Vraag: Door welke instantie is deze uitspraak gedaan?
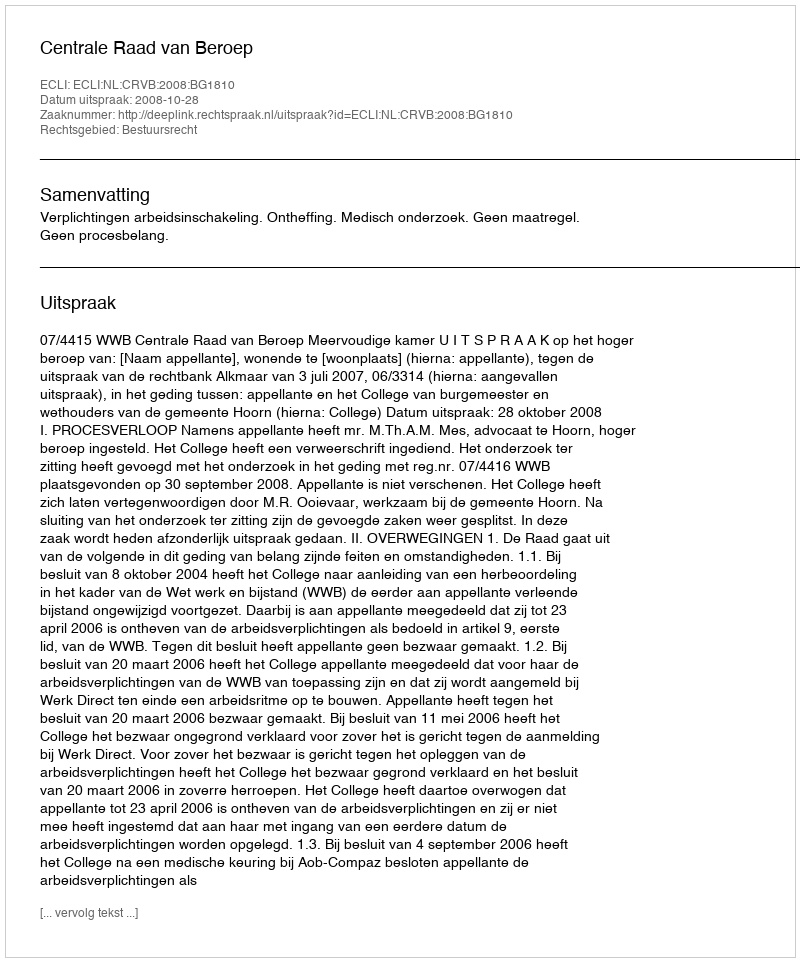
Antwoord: Centrale Raad van Beroep